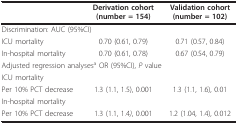
<table><thead><tr><td>[EMPTY_CELL]</td><td><b>Derivation cohort(number = 154)</b></td><td><b>Validation cohort(number = 102)</b></td></tr></thead><tbody><tr><td colspan="3">Discrimination: AUC (95%CI)</td></tr><tr><td>ICU mortality</td><td>0.70 (0.61, 0.79)</td><td>0.71 (0.57, 0.84)</td></tr><tr><td>In-hospital mortality</td><td>0.70 (0.61, 0.78)</td><td>0.67 (0.54, 0.79)</td></tr><tr><td colspan="3">Adjusted regression analyses<sup>a </sup>OR (95%CI), <i>P </i>value</td></tr><tr><td>ICU mortality</td><td>[EMPTY_CELL]</td><td>[EMPTY_CELL]</td></tr><tr><td>Per 10% PCT decrease</td><td>1.3 (1.1, 1.5), 0.001</td><td>1.3 (1.1, 1.6), 0.01</td></tr><tr><td>In-hospital mortality</td><td>[EMPTY_CELL]</td><td>[EMPTY_CELL]</td></tr><tr><td>Per 10% PCT decrease</td><td>1.3 (1.1, 1.4<i>)</i>, 0.001</td><td>1.2 (1.04, 1.4), 0.012</td></tr></tbody></table>